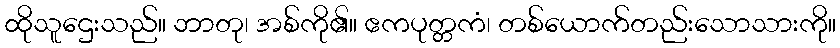
ထိုသူဌေးသည်။ ဘာတု၊ အစ်ကို၏။ ဧကပုတ္တကံ၊ တစ်ယောက်တည်းသောသားကို။